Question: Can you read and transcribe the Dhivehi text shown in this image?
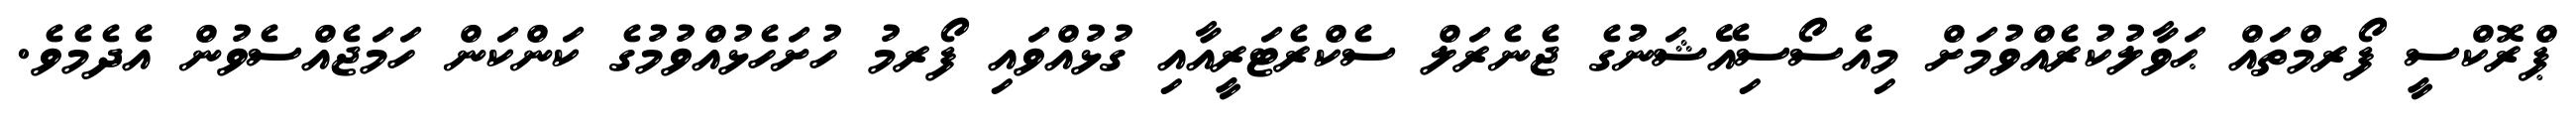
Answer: ޕްރޮކްސީ ފޯރމްތައް ޙަވާލުކުރެއްވުމަށް މިއެސޯސިއޭޝަނުގެ ޖެނެރަލް ސެކްރެޓަރީއާއި ގުޅުއްވައި ފޯރމު ހުށަހެޅުއްވުމުގެ ކަންކަން ހަމަޖެއްސެވުން އެދެމެވެ.